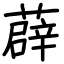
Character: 薜